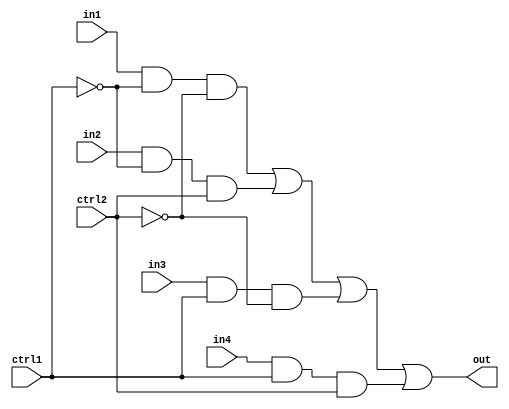
// 4  1 MUX - 
module mux4_2(out,in1,in2,in3,in4,ctrl1,ctrl2);
input in1,in2,in3,in4,ctrl1,ctrl2;
output out;

wire ctrl1n, ctrl2n, w, x, y, z;
not (ctrl1n,ctrl1), 
    (ctrl2n,ctrl2);
and (w,in1,ctrl1n,ctrl2n),
    (x,in2,ctrl1n,ctrl2),
    (y,in3,ctrl1,ctrl2n),
    (z,in4,ctrl1,ctrl2);
or (out,w,x,y,z);

endmodule